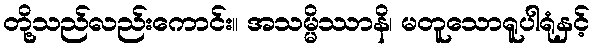
တို့သည်လည်းကောင်း။ အသမ္မိဿာနိ၊ မတူသောရူပါရုံနှင့်